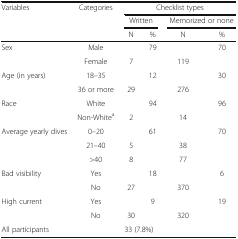
<table><thead><tr><td rowspan="3"><b>Variables</b></td><td rowspan="3"><b>Categories</b></td><td colspan="4"><b>Checklist types</b></td></tr><tr><td colspan="2"><b>Written</b></td><td colspan="2"><b>Memorized or none</b></td></tr><tr><td><b>N</b></td><td><b>%</b></td><td><b>N</b></td><td><b>%</b></td></tr></thead><tbody><tr><td rowspan="2">Sex</td><td>Male</td><td>[EMPTY_CELL]</td><td>79</td><td>[EMPTY_CELL]</td><td>70</td></tr><tr><td>Female</td><td>7</td><td>[EMPTY_CELL]</td><td>119</td><td>[EMPTY_CELL]</td></tr><tr><td rowspan="2">Age (in years)</td><td>18–35</td><td>[EMPTY_CELL]</td><td>12</td><td>[EMPTY_CELL]</td><td>30</td></tr><tr><td>36 or more</td><td>29</td><td>[EMPTY_CELL]</td><td>276</td><td>[EMPTY_CELL]</td></tr><tr><td rowspan="2">Race</td><td>White</td><td>[EMPTY_CELL]</td><td>94</td><td>[EMPTY_CELL]</td><td>96</td></tr><tr><td>Non-White<sup>a</sup></td><td>2</td><td>[EMPTY_CELL]</td><td>14</td><td>[EMPTY_CELL]</td></tr><tr><td rowspan="3">Average yearly dives</td><td>0–20</td><td>[EMPTY_CELL]</td><td>61</td><td>[EMPTY_CELL]</td><td>70</td></tr><tr><td>21–40</td><td>5</td><td>[EMPTY_CELL]</td><td>38</td><td>[EMPTY_CELL]</td></tr><tr><td>&gt;40</td><td>8</td><td>[EMPTY_CELL]</td><td>77</td><td>[EMPTY_CELL]</td></tr><tr><td rowspan="2">Bad visibility</td><td>Yes</td><td>[EMPTY_CELL]</td><td>18</td><td>[EMPTY_CELL]</td><td>6</td></tr><tr><td>No</td><td>27</td><td>[EMPTY_CELL]</td><td>370</td><td>[EMPTY_CELL]</td></tr><tr><td rowspan="2">High current</td><td>Yes</td><td>[EMPTY_CELL]</td><td>9</td><td>[EMPTY_CELL]</td><td>19</td></tr><tr><td>No</td><td>30</td><td>[EMPTY_CELL]</td><td>320</td><td>[EMPTY_CELL]</td></tr><tr><td colspan="2">All participants</td><td colspan="2">33 (7.8%)</td><td colspan="2">[EMPTY_CELL]</td></tr></tbody></table>